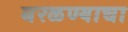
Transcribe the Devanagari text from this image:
बरळण्याचा